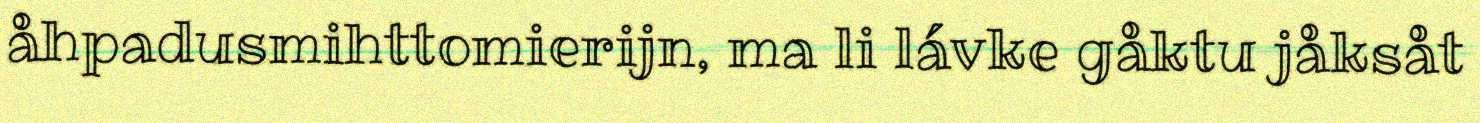
åhpadusmihttomierijn, ma li lávke gåktu jåksåt